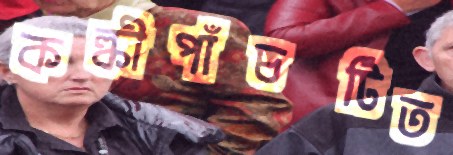
কল্কীপাঁচটিত